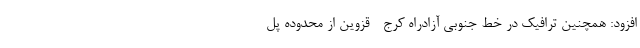
افزود: همچنین ترافیک در خط جنوبی آزادراه کرج - قزوین از محدوده پل